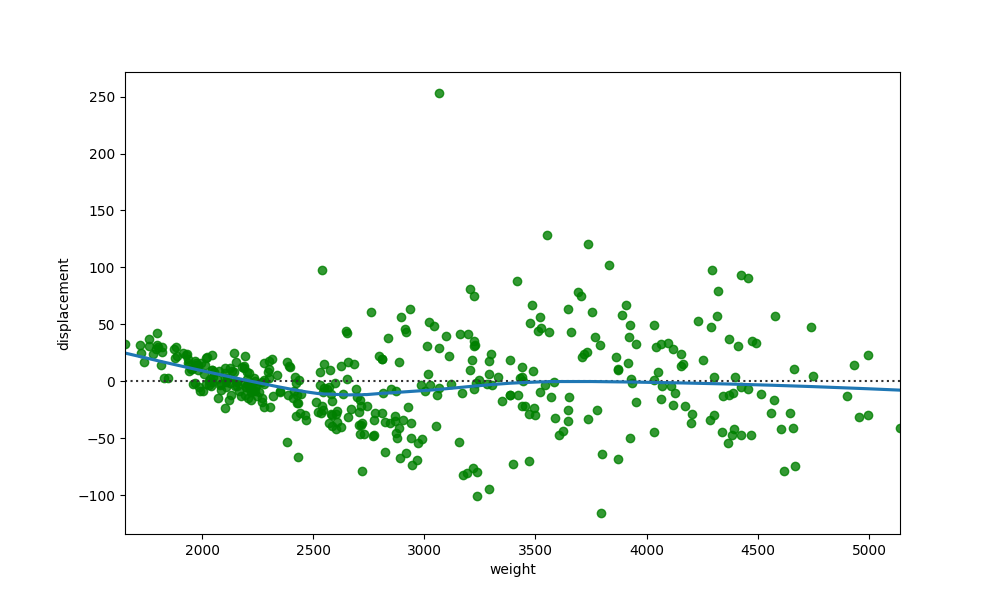
python, seaborn, residplot, lowess=True, scatter_color=green